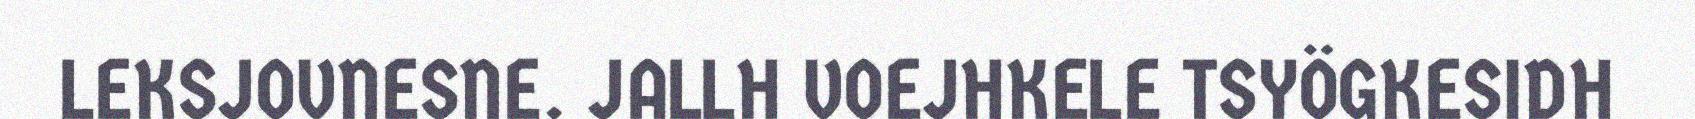
LEKSJOVNESNE. JALLH VOEJHKELE TSYÖGKESIDH